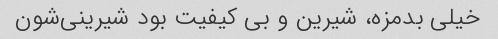
خیلی بدمزه، شیرین و بی کیفیت بود شیرینی‌شون